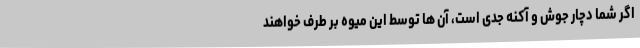
اگر شما دچار جوش و آکنه جدی است، آن ها توسط این میوه بر طرف خواهند